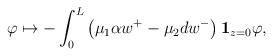
LaTeX: \begin{align*}\varphi\mapsto-\int_{0}^{L}\left(\mu_{1}\alpha w^{+}-\mu_{2}d w^{-}\right)\mathbf{1}_{z=0}\varphi,\end{align*}